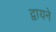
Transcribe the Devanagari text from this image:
द्वायने